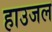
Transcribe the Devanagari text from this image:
हाउजल